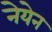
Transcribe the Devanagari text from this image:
नेयेन